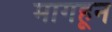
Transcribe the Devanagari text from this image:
मागहून